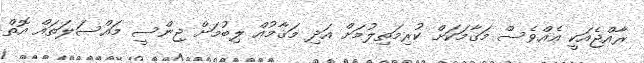
ރާއްޖެއަކީ އެއްވެސް މަޤާމަކަށް ކުރިމަތިލުމަށް އަދި މަޤާމުއް ލިބުމަށް ޖިންސީ މައްސަލަތައް އޮތް